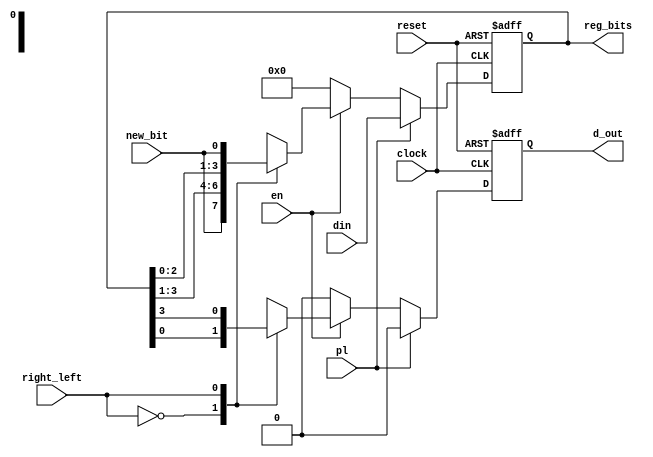
module right_left_shift_reg(
    input clock,
    input reset,
    input en ,
    input pl,
    input new_bit,
    input right_left,
    input [3:0] din,
    output reg d_out,
    output reg [3:0]reg_bits
);

    always @(posedge(clock) or posedge(reset)) 
    begin
        if( reset ==1 ) 
            begin 
                reg_bits =0;
                d_out = 0;
            end 
        else 
            begin 

                if (pl ==1 ) 
                    begin 
                        reg_bits =din;
                        d_out = 0;
                    end
                else 
                    if (en ==0 ) 
                        begin 
                            reg_bits = 0;
                            d_out = 0;
                        end 
                    else 
                        case (right_left) 
                        1'b0 : begin 
                                d_out <=reg_bits[0];
                                reg_bits <={new_bit,reg_bits[3:1]} ;
                                end 
                        1'b1 : begin 
                                d_out <=reg_bits[3];
                                reg_bits <={reg_bits[2:0],new_bit} ;
                                end 
                        endcase
            end 
    end 
        

endmodule